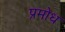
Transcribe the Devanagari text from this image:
प्रमोध